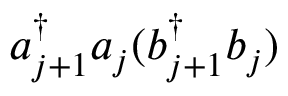
a _ { j + 1 } ^ { \dag } a _ { j } ( b _ { j + 1 } ^ { \dag } b _ { j } )